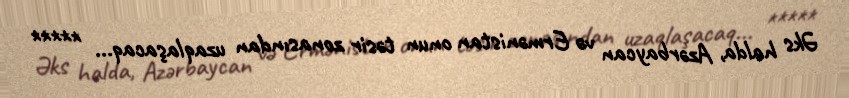
Əks halda, Azərbaycan və Ermənistan onun təsir zonasından uzaqlaşacaq... *****